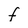
Character: F